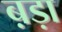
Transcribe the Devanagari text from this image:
ब़ड़ा